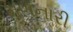
મળનારી